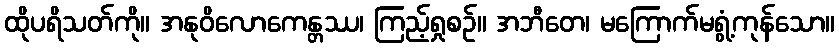
ထိုပရိသတ်ကို။ အနုဝိလောကေန္တဿ၊ ကြည့်ရှုစဉ်။ အဘီတေ၊ မကြောက်မရွံ့ကုန်သော။